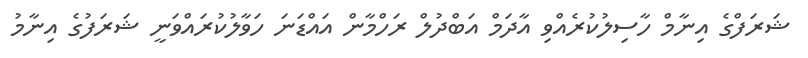
ޝަރަފްގެ އިނާމް ހާސިލުކުރެއްވި އާދަމް އަބްދުލް ރަހްމާން އައްޑަނަ ހަވާލުކުރައްވަނީ ޝަރަފުގެ އިނާމު